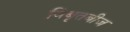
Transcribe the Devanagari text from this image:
विबृतबीज